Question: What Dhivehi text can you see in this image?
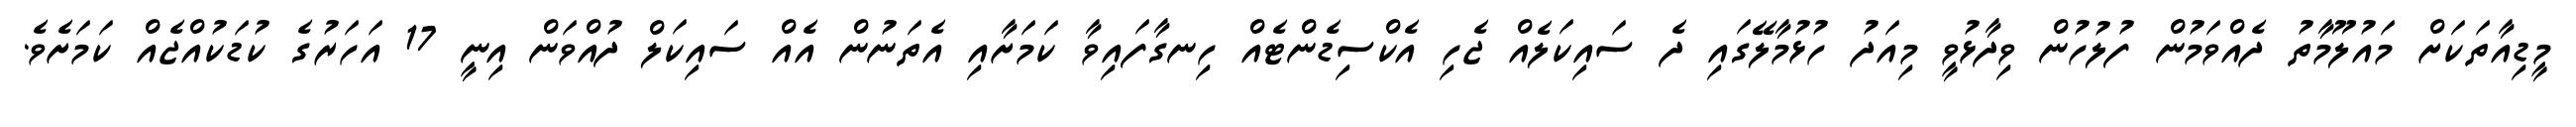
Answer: މީޑިއާތަކަށް މައުލޫމާތު ދެއްވަމުން ފުލުހުން ވިދާޅުވީ މިއަދު ހުޅުމާލޭގައި ދެ ސައިކަލެއް ޖެހި އެކްސިޑެންޓެއް ހިނގާފައިވާ ކަމަށާއި އެތަނުން އެއް ސައިކަލް ދުއްވަން އިނީ 17 އަހަރުގެ ކުޑަކުއްޖެއް ކަމަށެވެ.